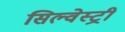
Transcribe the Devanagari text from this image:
सिल्वेस्ट्री